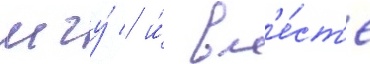
мгу́ / и́ вм'е́ст'е